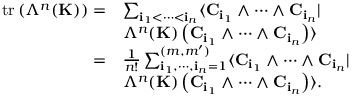
\begin{array} { r l } { \mathrm { t r } \left( \Lambda ^ { n } ( { \bf K } ) \right) = } & { \sum _ { { \bf i } _ { 1 } < \cdots < { \bf i } _ { n } } \langle { \bf C } _ { { \bf i } _ { 1 } } \wedge \cdots \wedge { \bf C } _ { { \bf i } _ { n } } | } \\ & { \Lambda ^ { n } ( { \bf K } ) \left( { \bf C } _ { { \bf i } _ { 1 } } \wedge \cdots \wedge { \bf C } _ { { \bf i } _ { n } } \right) \rangle } \\ { = } & { \frac { 1 } { n ! } \sum _ { { \bf i } _ { 1 } , \cdots , { \bf i } _ { n } = 1 } ^ { ( m , m ^ { \prime } ) } \langle { \bf C } _ { { \bf i } _ { 1 } } \wedge \cdots \wedge { \bf C } _ { { \bf i } _ { n } } | } \\ & { \Lambda ^ { n } ( { \bf K } ) \left( { \bf C } _ { { \bf i } _ { 1 } } \wedge \cdots \wedge { \bf C } _ { { \bf i } _ { n } } \right) \rangle . } \end{array}